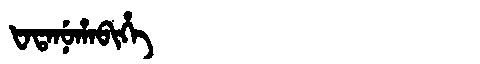
Manchu: ᡶᠠᡨᠠᠨᡠᡥᠠᠪᡳᡥᡝ
Romanization: FATANUHABIHE